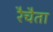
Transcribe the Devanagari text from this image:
रैचैता